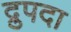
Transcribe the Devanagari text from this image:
द्रुपदा